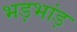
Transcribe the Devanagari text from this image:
भड़भांड़